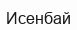
Исенбай